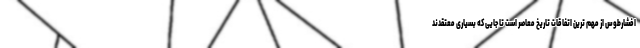
افشارطوس از مهم ترین اتفاقات تاریخ معاصر است تا جایی که بسیاری معتقدند